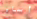
أساء